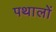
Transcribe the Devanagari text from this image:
पथालों